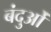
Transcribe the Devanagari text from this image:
बंदुओं